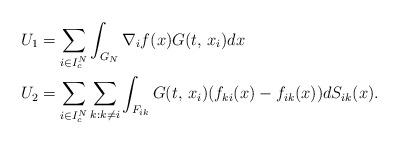
LaTeX: \begin{align*}U_{1} & =\sum_{i\in I_{c}^{N}}\int_{G_{N}}\nabla_{i}f(x)G(t,\,x_{i})dx\\U_{2} & =\sum_{i\in I_{c}^{N}}\sum_{k:k\neq i}\int_{F_{ik}}G(t,\,x_{i})(f_{ki}(x)-f_{ik}(x))dS_{ik}(x).\end{align*}